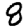
Digit: 8